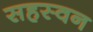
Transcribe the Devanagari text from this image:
सहस्वन